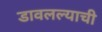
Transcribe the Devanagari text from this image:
डावलल्याची